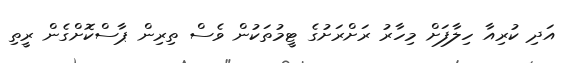
އަދި ކުރިއާ ހިލާފަށް މިހާރު ރަށްރަށުގެ ޓީމުތަކުން ވެސް ތިރިން ޕާސްކޮށްގެން ރީތި